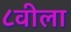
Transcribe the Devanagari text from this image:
८वीला